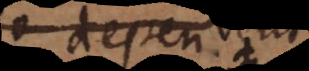
dependent